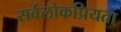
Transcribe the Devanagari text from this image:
सर्वलोकप्रियता